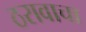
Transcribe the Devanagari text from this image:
ठरावाचा